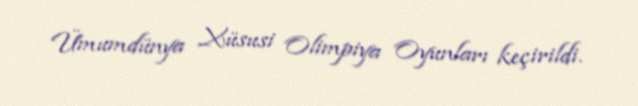
Ümumdünya Xüsusi Olimpiya Oyunları keçirildi.